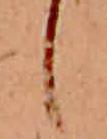
し